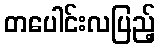
တပေါင်းလပြည့်